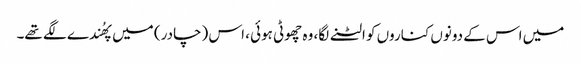
میں اس کے دونوں کناروں کو الٹنے لگا، وہ چھوٹی ہوئی ، اس (چادر) میں پھُندے لگے تھے۔